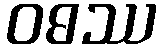
ဝဓဿ